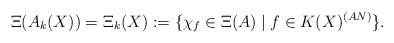
LaTeX: \begin{align*} \Xi(A_k(X))=\Xi_k(X):=\{\chi_f\in\Xi(A)\mid f\in K(X)^{(AN)}\}.\end{align*}